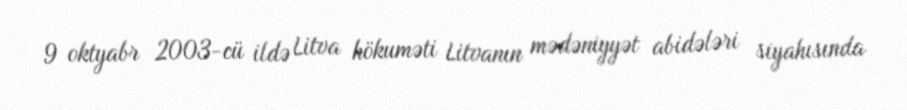
9 oktyabr 2003-cü ildə Litva hökuməti Litvanın mədəniyyət abidələri siyahısında